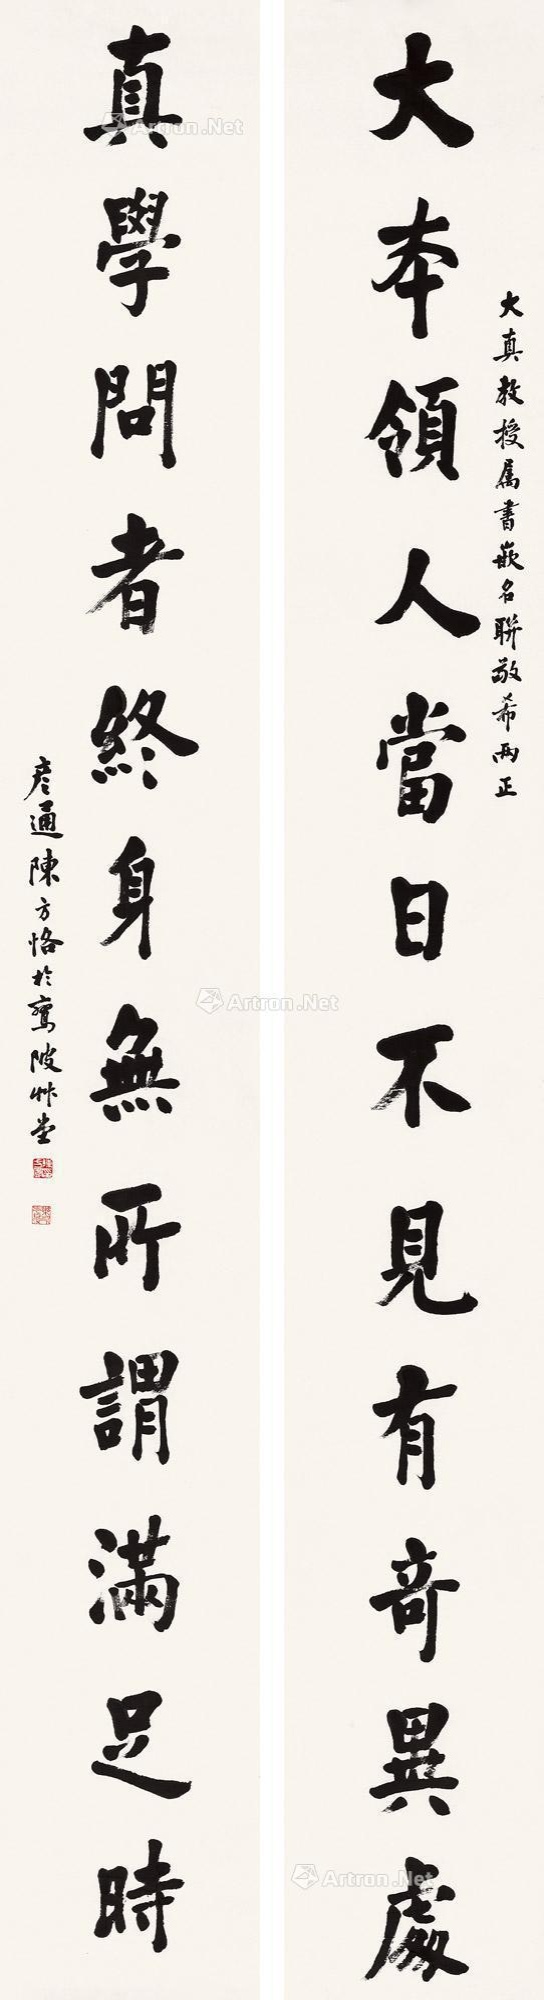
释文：大本领人当日不见有奇异处，真学问者终身无所谓满足时。大真教授属书，嵌名联敬希两正，彦通陈方恪于鸾陂草堂。